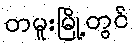
တမူးမြို့တွင်